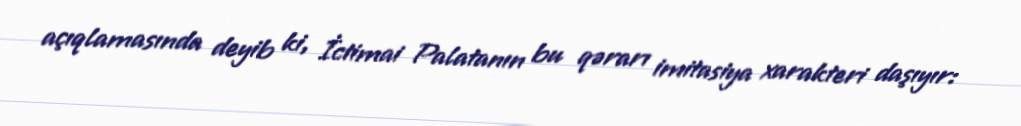
açıqlamasında deyib ki, İctimai Palatanın bu qərarı imitasiya xarakteri daşıyır: